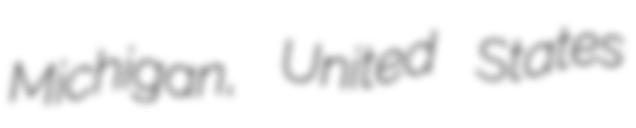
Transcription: Michigan, United States